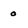
Character: 0